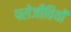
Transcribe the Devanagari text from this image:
परोजीवियों